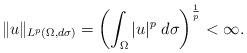
LaTeX: \begin{align*}\Vert u \Vert_{L^{p}(\Omega, d\sigma)} = \left( \int_{\Omega}|u|^{p}\;d\sigma \right)^{\frac{1}{p}}<\infty.\end{align*}